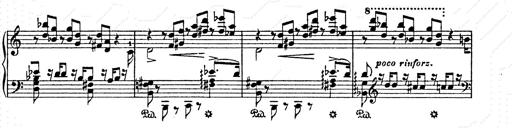
Title: AnnÃ©es de pÃ¨lerinage II
Composer: Franz Liszt